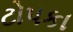
ટોપકા